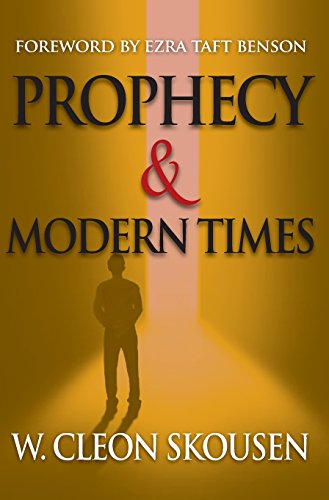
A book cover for Prophecy and Modern Times; W. Cleon Skousen; Christian Books & Bibles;